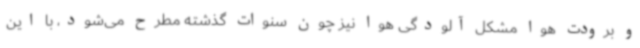
و برودت هوا مشکل آلودگی هوا نیز چون سنوات گذشته مطرح می‌شود، با این